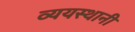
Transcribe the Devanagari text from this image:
व्ययस्थानी